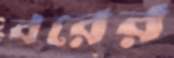
বরের